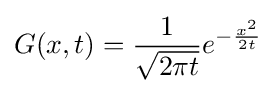
G(x,t)={\frac {1}{\sqrt {2\pi t}}}e^{-{\frac {x^{2}}{2t}}}